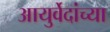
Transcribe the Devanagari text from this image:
आयुर्वेदांच्या